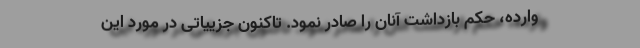
وارده، حکم بازداشت آنان را صادر نمود. تاکنون جزییاتی در مورد این